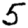
Digit: 5